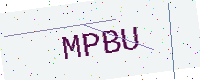
Text: MPBU